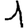
Digit: 1